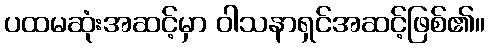
ပထမဆုံးအဆင့်မှာ ဝါသနာရှင်အဆင့်ဖြစ်၏။